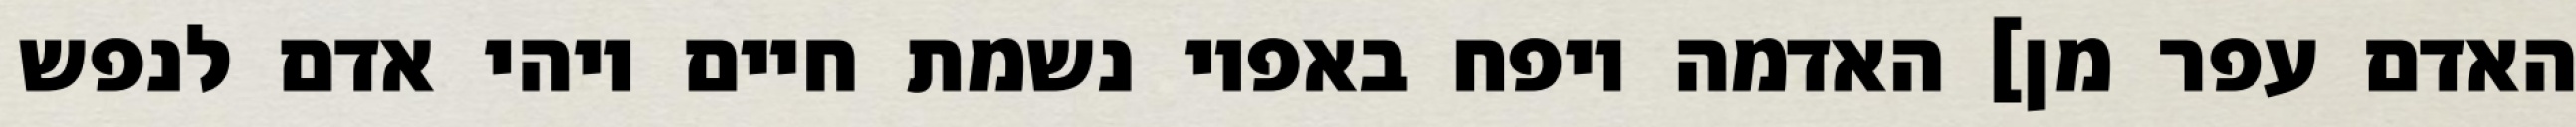
האדם עפר מן] האדמה ויפח באפיו נשמת חיים ויהי אדם לנפש